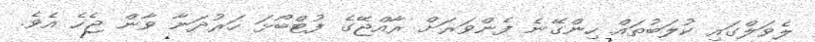
ލެވަލްގައި ކުލަބުތައް ހިންގޭނެ ފެންވަރަށް ރާއްޖޭގެ ފުޓްބޯޅަ ހަރުދަނާ ވާން ޖެހެ އެވެ.